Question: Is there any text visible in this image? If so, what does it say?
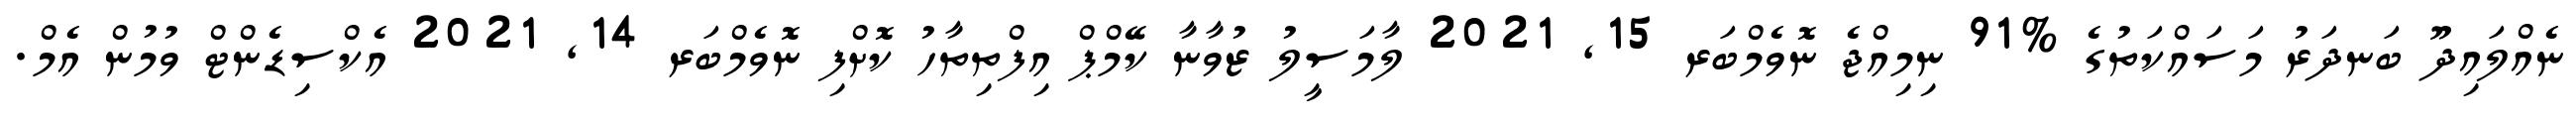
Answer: ނެއްލައިދޫ ބަނދަރު މަސައްކަތުގެ %91 ނިމިއްޖެ ނޮވެމްބަރ 15, 2021 ލާމަސީލު ޒުވާނާ ކޭމްޕް އިފްތިތާހު ކޮށްފި ނޮވެމްބަރ 14, 2021 އެކްސިޑެންޓް ވުމުން އެމް.